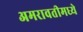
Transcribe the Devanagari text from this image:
अमरावतीमध्ये